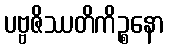
ပဗ္ဗဇိဿတိကိဉ္စနော